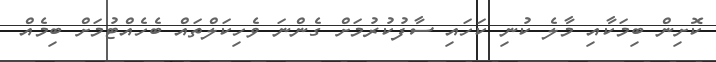
ކޮށިން ބިމަކާއި މާލެ ކުނި ކަހައި ސާފުކުރުމަށް ގެންނަ ވެހިކަލްތައް ބެހެއްޓުމަށް ބިމެއް